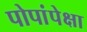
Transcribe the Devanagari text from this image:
पोपांपेक्षा